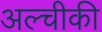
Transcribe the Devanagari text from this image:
अल्चीकी